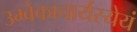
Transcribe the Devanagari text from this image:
उम्बेकाचार्यस्येयं